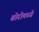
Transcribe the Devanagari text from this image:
बोरोमध्ये